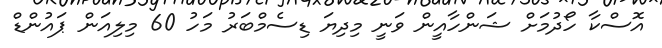
އޮސްކާ ހޯދުމަށް ޝަންހާއީން ވަނީ މިދިޔަ ޑިސެމްބަރު މަހު 60 މިލިއަން ޕައުންޑް